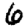
Digit: 6